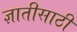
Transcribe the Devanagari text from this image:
ज्ञातीसाठीं